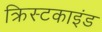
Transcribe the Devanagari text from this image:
क्रिस्टकाइंड